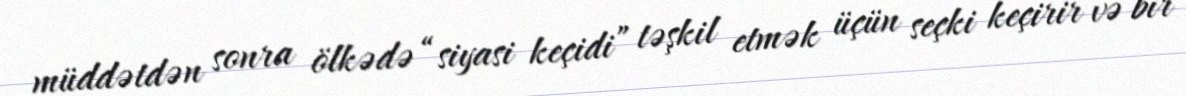
müddətdən sonra ölkədə “siyasi keçidi” təşkil etmək üçün seçki keçirir və bir